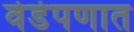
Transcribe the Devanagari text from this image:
वेडेपणात